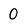
Character: 0